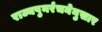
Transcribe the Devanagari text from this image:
राज्यपुनर्रचनेनुसार